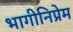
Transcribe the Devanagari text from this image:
भागीनिप्रेम